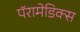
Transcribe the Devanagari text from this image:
पॅरामेडिक्स